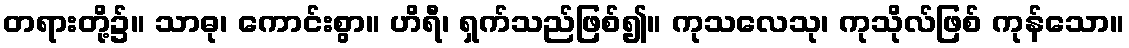
တရားတို့၌။ သာဓု၊ ကောင်းစွာ။ ဟိရီ၊ ရှက်သည်ဖြစ်၍။ ကုသလေသု၊ ကုသိုလ်ဖြစ် ကုန်သော။